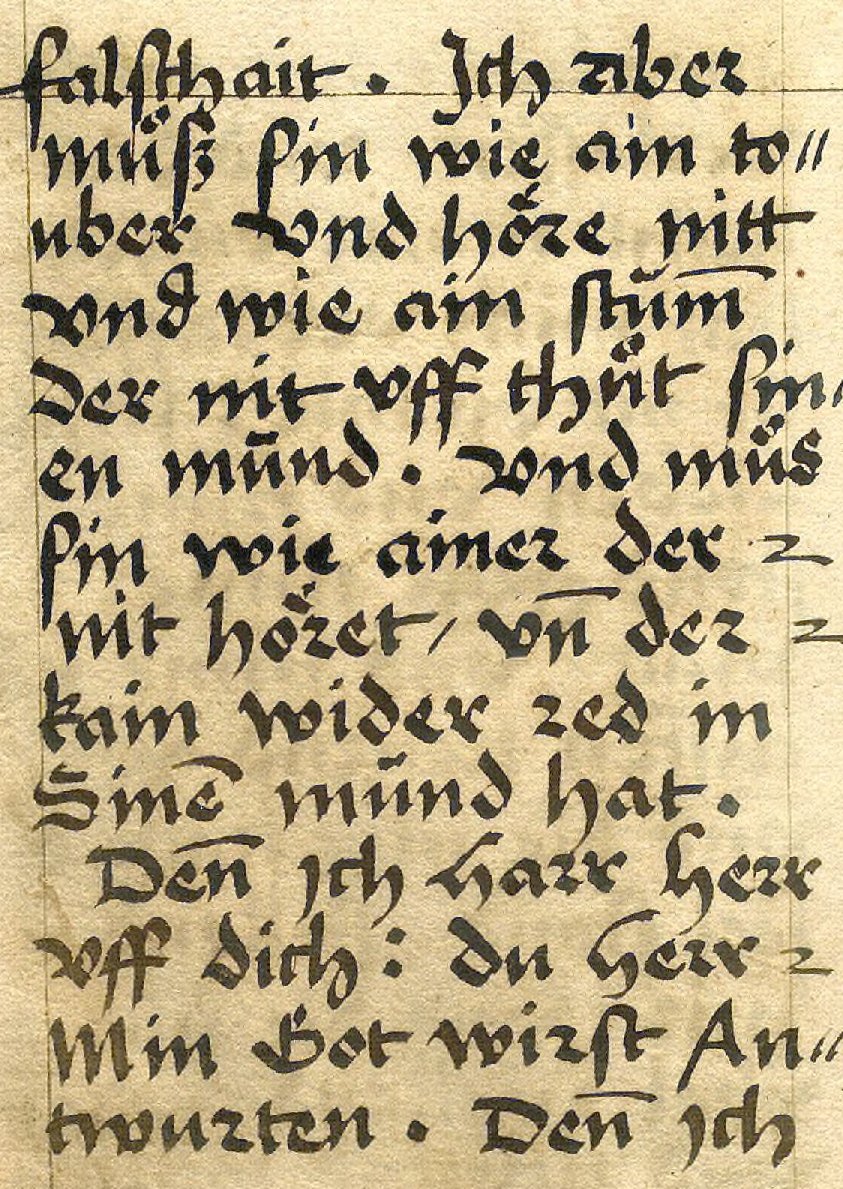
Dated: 1533–1565